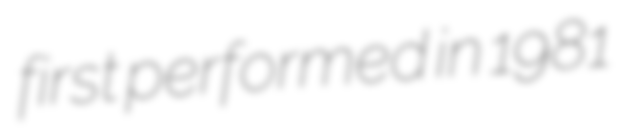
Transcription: first performed in 1981